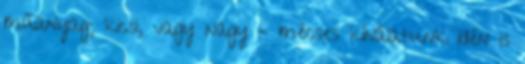
műanyag; kicsi, vagy nagy – mécses kínálatunk idén is